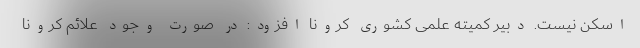
اسکن نیست. دبیر کمیته علمی کشوری کرونا افزود: در صورت وجود علائم کرونا